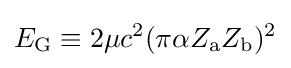
E_{\text{G}}\equiv 2\mu c^{2}(\pi \alpha Z_{\text{a}}Z_{\text{b}})^{2}